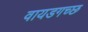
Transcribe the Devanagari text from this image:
वायडगच्छ